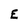
Character: E